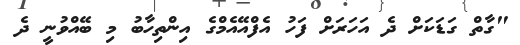
"ގާތް ގަޑަކަށް ދެ އަހަރަށް ފަހު އެފްއޭއެމްގެ އިންތިހާބު މި ބޭއްވުނީ ދެ